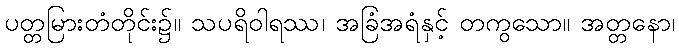
ပတ္တမြားတံတိုင်း၌။ သပရိဝါရဿ၊ အခြံအရံနှင့် တကွသော။ အတ္တနော၊